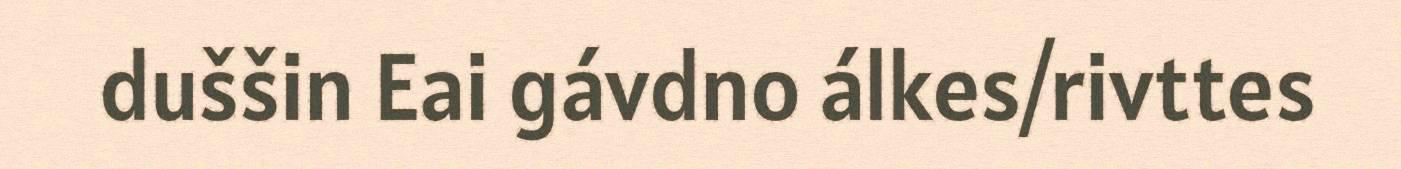
duššin Eai gávdno álkes/rivttes